Civil Veterinary Department Bihar reports 1936-40 - 1936-1940
Year: 1936
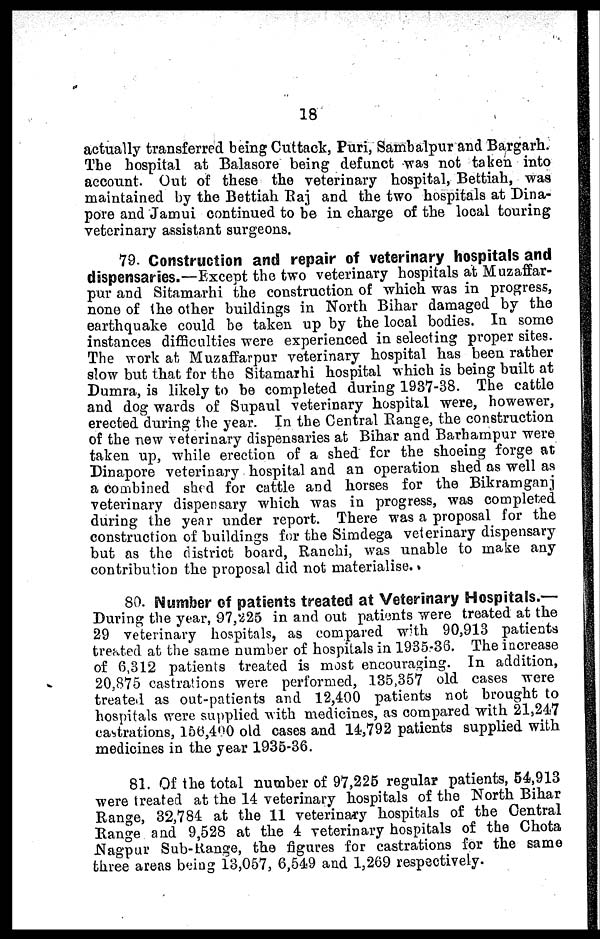
18
actually transferred being Cuttack, Puri, Sambalpur and Bargarh.
The hospital at Balasore being defunct was not taken into
account. Out of these the veterinary hospital, Bettiah, was
maintained by the Bettiah Raj and the two hospitals at Dina-
pore and Jamui continued to be in charge of the local touring
veterinary assistant surgeons.
79. Construction and repair of veterinary hospitals and
dispensaries.—Except the two veterinary hospitals at Muzaffar-
pur and Sitamarhi the construction of which was in progress,
none of the other buildings in North Bihar damaged by the
earthquake could be taken up by the local bodies. In some
instances difficulties were experienced in selecting proper sites.
The work at Muzaffarpur veterinary hospital has been rather
slow but that for the Sitamarhi hospital which is being built at
Dumra, is likely to be completed during 1937-38. The cattle
and dog wards of Supaul veterinary hospital were, howewer,
erected during the year. In the Central Range, the construction
of the new veterinary dispensaries at Bihar and Barhampur were
taken up, while erection of a shed for the shoeing forge at
Dinapore veterinary hospital and an operation shed as well as
a combined shed for cattle and horses for the Bikramganj
veterinary dispensary which was in progress, was completed
during the year under report. There was a proposal for the
construction of buildings for the Simdega veterinary dispensary
but as the district board, Ranchi, was unable to make any
contribution the proposal did not materialise.
SO. Number of patients treated at Veterinary Hospitals.—
During the year, 97,225 in and out patients were treated at the
29 veterinary hospitals, as compared with 90,913 patients
treated at the same number of hospitals in 1935-36. The increase
of 6,312 patients treated is most encouraging. In addition,
20,875 castrations were performed, 135,357 old cases were
treated as out-patients and 12,400 patients not brought to
hospitals were supplied with medicines, as compared with 21,247
castrations, 156,490 old cases and 14,792 patients supplied with
medicines in the year 1935-36.
81. Of the total number of 97,225 regular patients, 54,913
were treated at the 14 veterinary hospitals of the North Bihar
Range, 32,784 at the 11 veterinary hospitals of the Central
Range and 9,528 at the 4 veterinary hospitals of the Chota
Nagpur Sub-Range, the figures for castrations for the same
three areas being 13,057, 6,549 and 1,209 respectively.